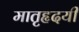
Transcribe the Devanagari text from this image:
मातृहृदयी